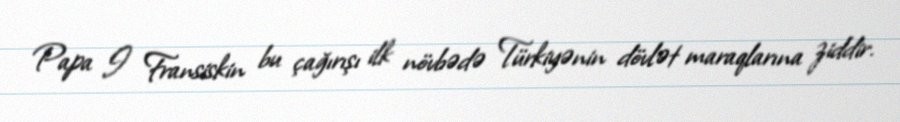
Papa I Fransiskin bu çağırışı ilk növbədə Türkiyənin dövlət maraqlarına ziddir.